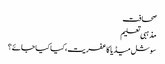
صحافت
مذہبی تعلیم
سوشل میڈیا کا عفریت،کیا کیا جائے؟